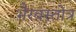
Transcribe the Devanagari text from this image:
भैरवस्तोत्र